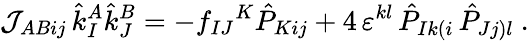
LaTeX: {\cal J}_{ABij}\, \hat{k}_{I}^{A}\hat{k}_{J}^{B}=-f_{IJ}{}^{K}\hat{P}_{Kij}+4\, \varepsilon^{kl}\, \hat{P}_{Ik(i}\, \hat{P}_{Jj)l}\ .